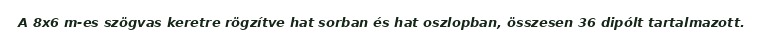
A 8x6 m-es szögvas keretre rögzítve hat sorban és hat oszlopban, összesen 36 dipólt tartalmazott.